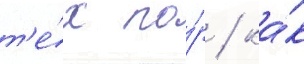
т'е́х по́р / ка́к